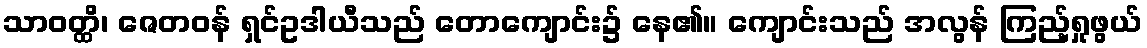
သာဝတ္ထိ၊ ဇေတဝန် ရှင်ဥဒါယီသည် တောကျောင်း၌ နေ၏။ ကျောင်းသည် အလွန် ကြည့်ရှုဖွယ်